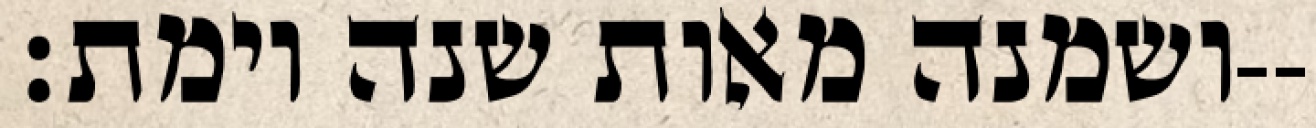
ושמנה מאות שנה וימת׃--